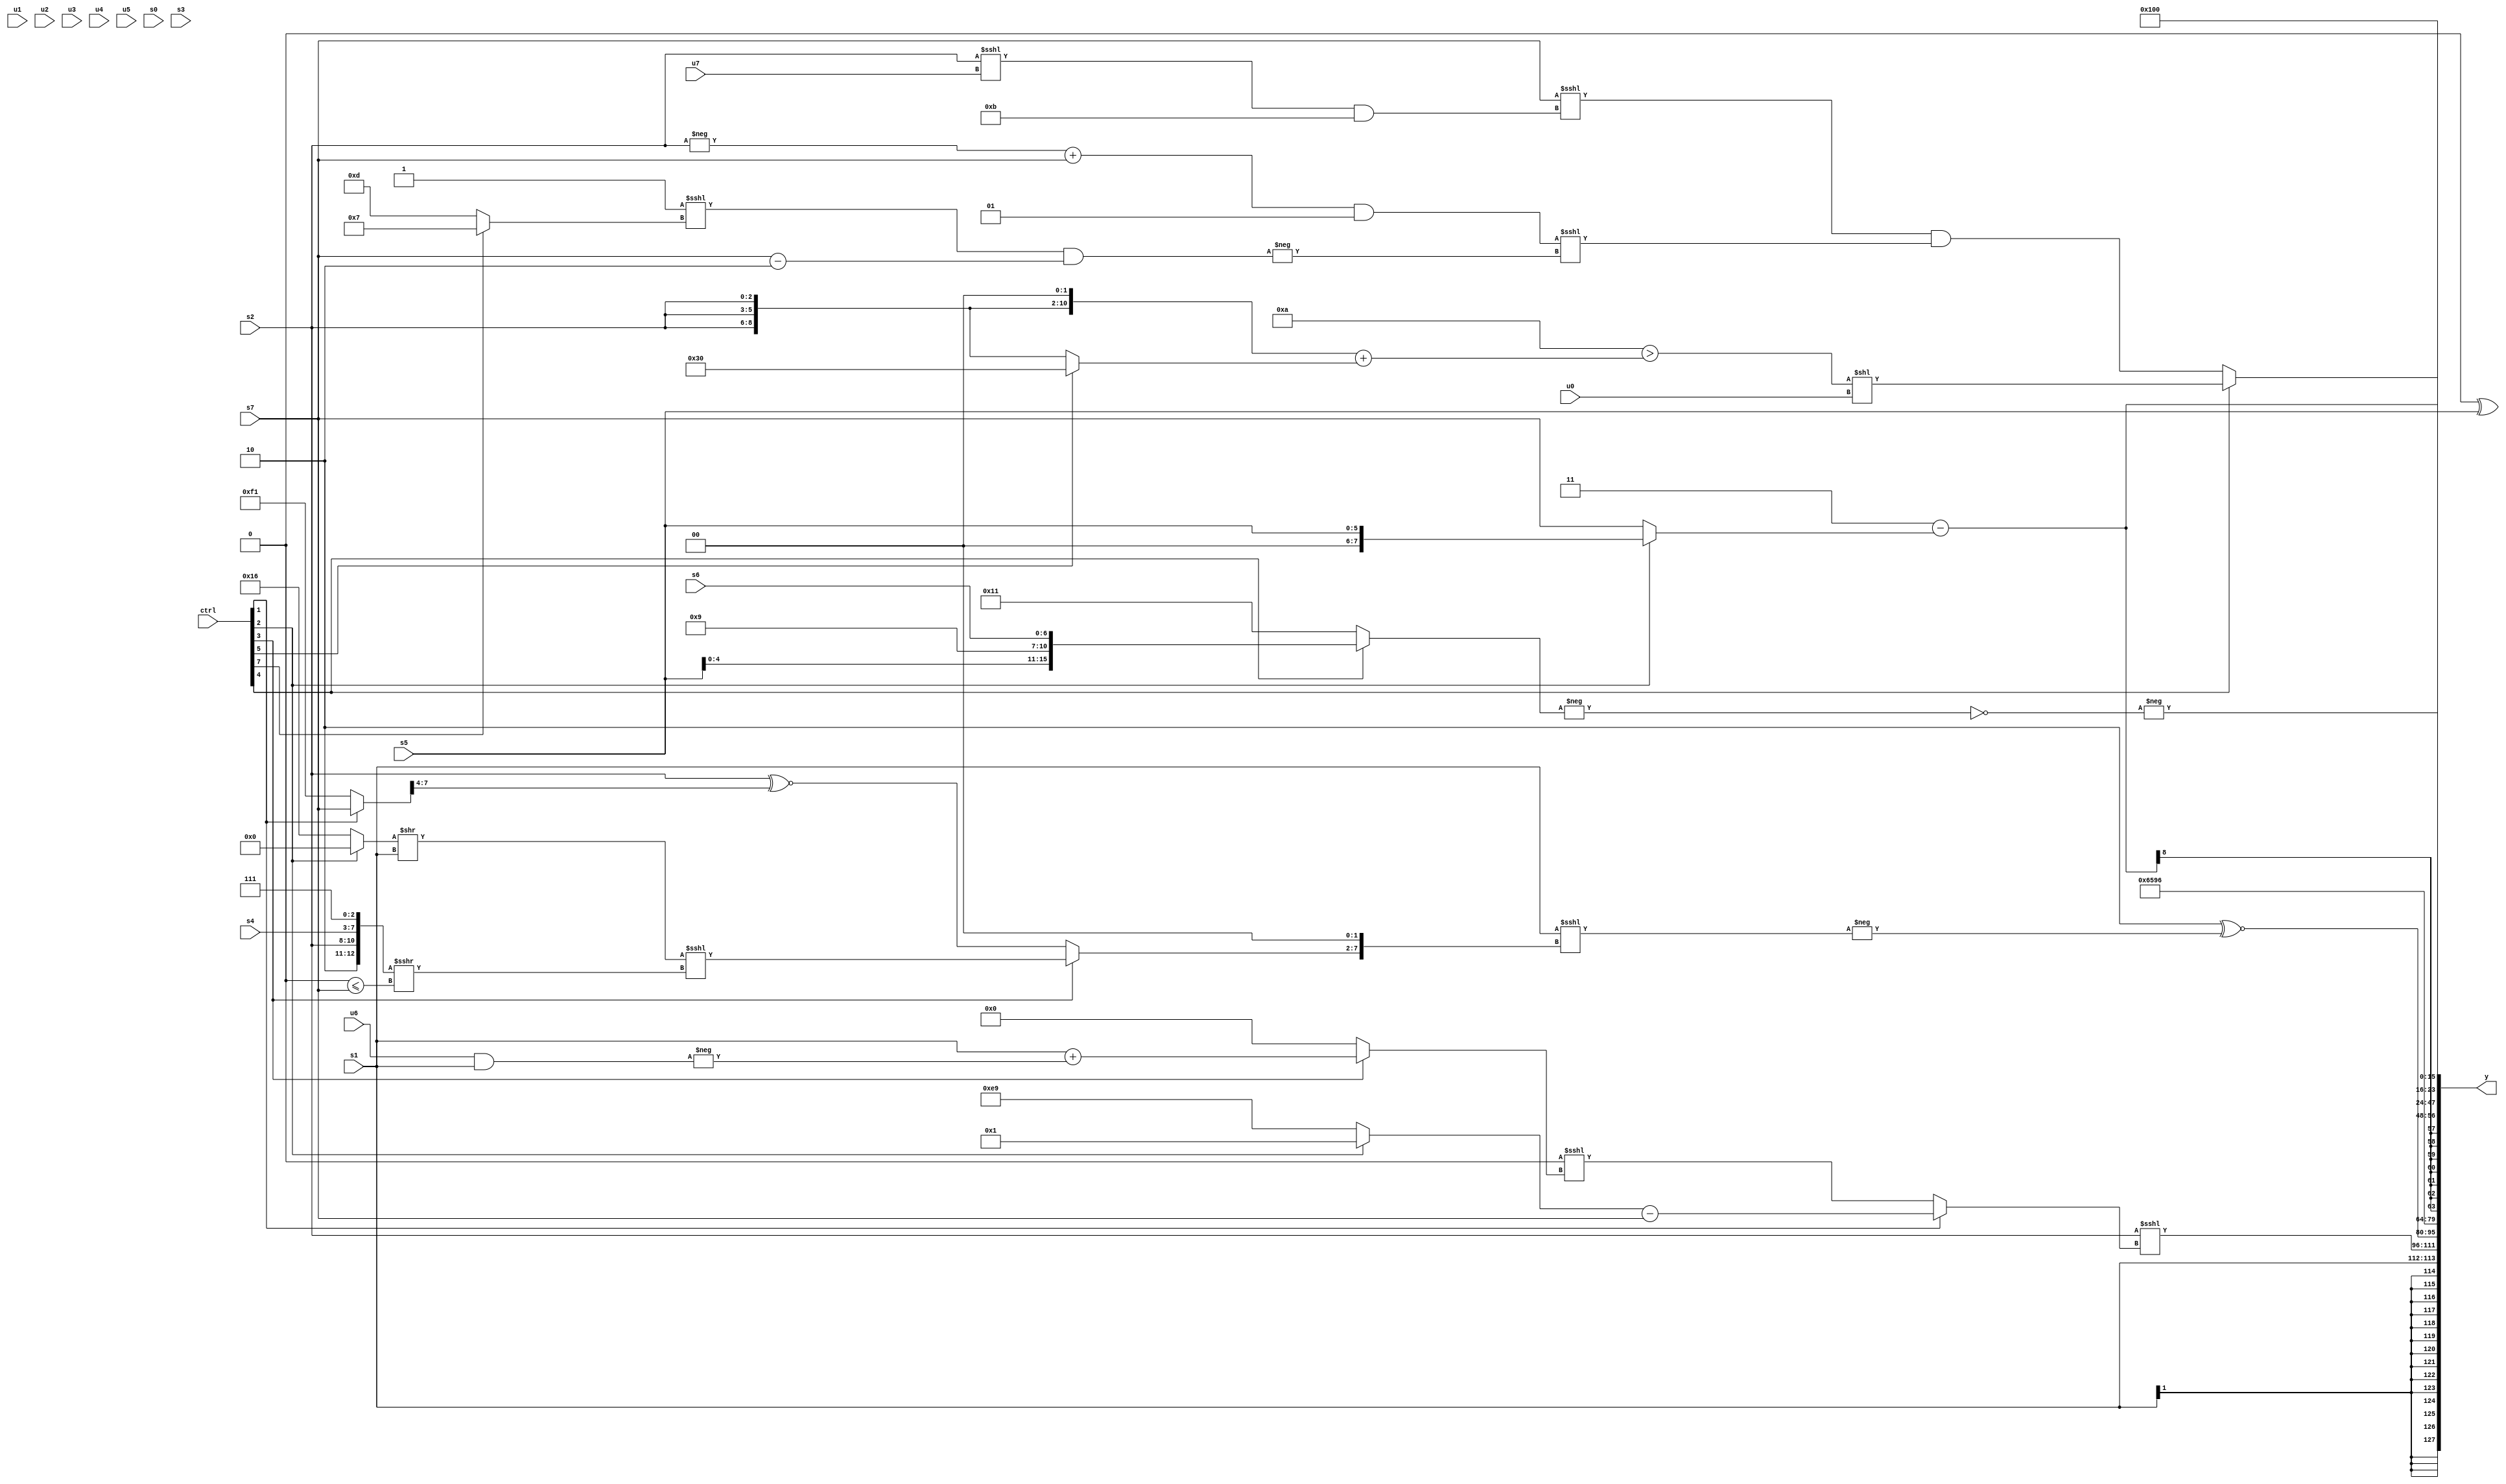
module wideexpr_00959(ctrl, u0, u1, u2, u3, u4, u5, u6, u7, s0, s1, s2, s3, s4, s5, s6, s7, y);
  input [7:0] ctrl;
  input [0:0] u0;
  input [1:0] u1;
  input [2:0] u2;
  input [3:0] u3;
  input [4:0] u4;
  input [5:0] u5;
  input [6:0] u6;
  input [7:0] u7;
  input signed [0:0] s0;
  input signed [1:0] s1;
  input signed [2:0] s2;
  input signed [3:0] s3;
  input signed [4:0] s4;
  input signed [5:0] s5;
  input signed [6:0] s6;
  input signed [7:0] s7;
  output [127:0] y;
  wire [15:0] y0;
  wire [15:0] y1;
  wire [15:0] y2;
  wire [15:0] y3;
  wire [15:0] y4;
  wire [15:0] y5;
  wire [15:0] y6;
  wire [15:0] y7;
  assign y = {y0,y1,y2,y3,y4,y5,y6,y7};
  assign y0 = s1;
  assign y1 = (s2)<<<((ctrl[1]?((ctrl[2]?$signed(-(2'sb11)):6'sb101001))-(s7):($signed(+(3'b000)))<<<((ctrl[3]?(s1)+(-((u6)&(s1))):(s3)>>>($signed(-(4'sb0010)))))));
  assign y2 = (3'sb110)^~(-((s1)<<<(((ctrl[3]?(((ctrl[2]?3'sb000:5'sb10110))>>(s1))<<<(({2'sb10,s2,s4,3'sb111})>>>((1'sb0)<=(s7))):(s2)^~(((ctrl[1]?s7:5'sb10001))>>>(4'sb0100))))<<<(2'sb10))));
  assign y3 = $signed({4{+(6'b010110)}});
  assign y4 = (5'sb00011)-((ctrl[2]?s5:(ctrl[2]?+({3{((ctrl[0]?(ctrl[4]?(u3)-(3'b100):|(u1)):(+(s1))<<<({2{3'sb110}})))^({1{(5'sb11110)+(+(2'sb10))}})}}):s7)));
  assign y5 = ((s3)>>(3'sb111))!=(+(5'b01000));
  assign y6 = {1{(ctrl[4]?((4'sb1010)>((+({{1{(2'sb00)^(s5)}},$signed({3{s2}}),$signed((2'sb00)^~(1'sb1))}))+(+((ctrl[5]?6'sb110000:$signed({3{s2}}))))))<<(u0):$unsigned(((s7)<<<($signed((((s2)>>>(4'b0000))<<<(u7))&($signed(6'sb111011)))))&((($signed((-(s2))+($signed(s7))))&(2'sb01))<<<(-(((+(1'sb1))<<<((ctrl[7]?4'sb0111:3'sb101)))&((s7)-($signed(2'sb10))))))))}};
  assign y7 = -(~(+(-($unsigned((ctrl[4]?{s6,s5,4'sb1001,s6}:5'b10001))))));
endmodule